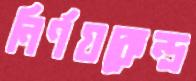
নির্ণয়কেন্দ্র